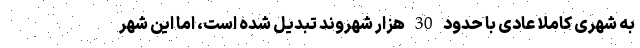
به شهری کاملا عادی با حدود 30 هزار شهروند تبدیل شده است، اما این شهر